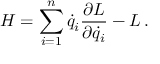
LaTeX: H = \sum _ { i = 1 } ^ { n } { \dot { q } } _ { i } { \frac { \partial L } { \partial { \dot { q } } _ { i } } } - L \, .